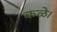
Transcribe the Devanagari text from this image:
कळे।